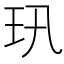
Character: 𤣲